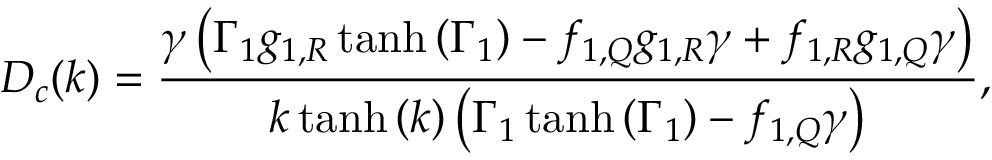
D _ { c } ( k ) = \frac { \gamma \left( \Gamma _ { 1 } g _ { 1 , R } \operatorname { t a n h } { \left( \Gamma _ { 1 } \right) } - f _ { 1 , Q } g _ { 1 , R } \gamma + f _ { 1 , R } g _ { 1 , Q } \gamma \right) } { k \operatorname { t a n h } { \left( k \right) } \left( \Gamma _ { 1 } \operatorname { t a n h } { \left( \Gamma _ { 1 } \right) } - f _ { 1 , Q } \gamma \right) } ,